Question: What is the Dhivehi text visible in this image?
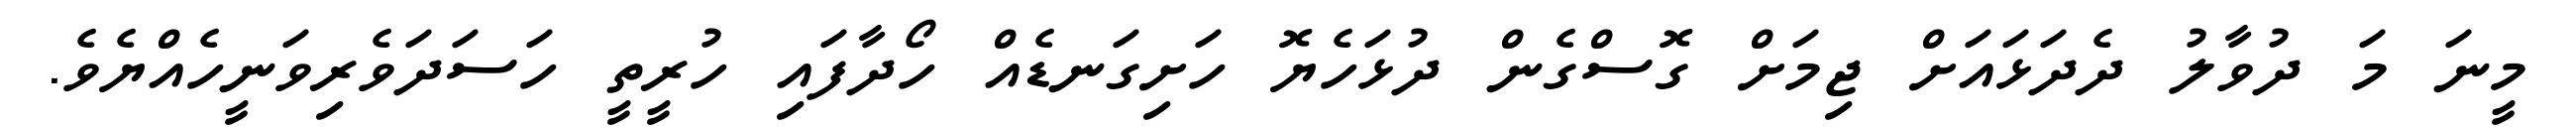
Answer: މީނަ މަ ދުވާލު ދެދަޅައަށް ޖިމަށް ގޮސްގެން ދުޅަހެޔޮ ހަށިގަނޑެއް ހޯދާފައި ހުރީތީ ހަސަދަވެރިވަނީހެއްޔެވެ.